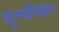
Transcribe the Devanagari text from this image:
शून्यविक्षेप